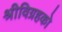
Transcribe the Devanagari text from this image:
श्रीविग्रहको